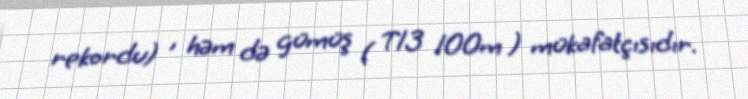
rekordu) , həm də gümüş ( T13 100m ) mükafatçısıdır.